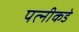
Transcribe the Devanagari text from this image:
पत्‍नीकडे